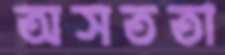
অসততা